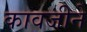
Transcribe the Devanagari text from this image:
कावजीने